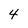
Character: 4